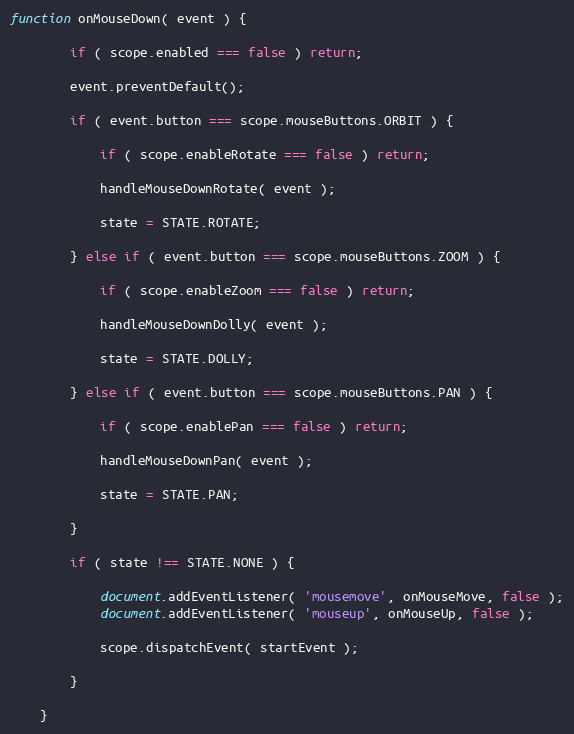
Language: JavaScript
function onMouseDown( event ) {

		if ( scope.enabled === false ) return;

		event.preventDefault();

		if ( event.button === scope.mouseButtons.ORBIT ) {

			if ( scope.enableRotate === false ) return;

			handleMouseDownRotate( event );

			state = STATE.ROTATE;

		} else if ( event.button === scope.mouseButtons.ZOOM ) {

			if ( scope.enableZoom === false ) return;

			handleMouseDownDolly( event );

			state = STATE.DOLLY;

		} else if ( event.button === scope.mouseButtons.PAN ) {

			if ( scope.enablePan === false ) return;

			handleMouseDownPan( event );

			state = STATE.PAN;

		}

		if ( state !== STATE.NONE ) {

			document.addEventListener( 'mousemove', onMouseMove, false );
			document.addEventListener( 'mouseup', onMouseUp, false );

			scope.dispatchEvent( startEvent );

		}

	}